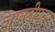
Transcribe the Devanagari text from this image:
ज्ञानदीपवर